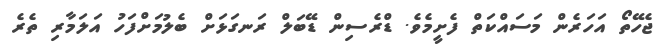
ޖެހޭތޯ އަހަރެން މަސައްކަތް ފެށީމެވެ. ޑްރެސިން ޑޭބަލް ރަނގަޅަށް ބެލުމަށްފަހު އަލަމާރި ތެރެ